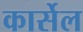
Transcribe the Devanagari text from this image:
कार्सेल